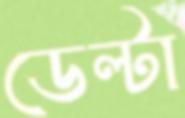
ডেল্টা